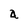
Character: a